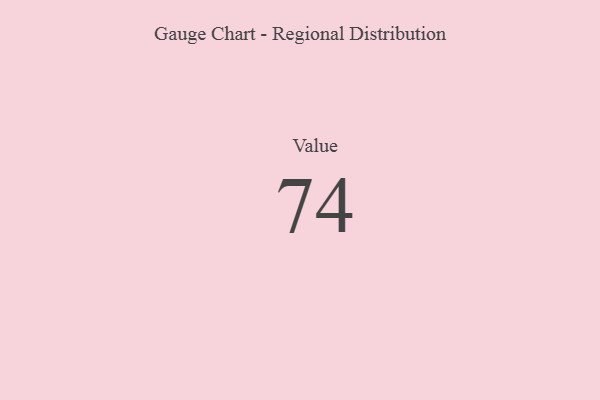
{"axis": {"x": "Metric", "y": "Value"}, "legend": [""], "data": [{"x": "Value", "y": 74, "type": ""}]}